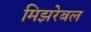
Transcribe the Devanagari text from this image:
मिझरेबल